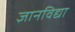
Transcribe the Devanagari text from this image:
ज्ञानविद्या